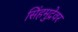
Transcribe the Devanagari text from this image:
सिंहमुद्रेवर